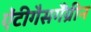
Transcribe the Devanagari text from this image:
ऐंटीगैसगैंग्रीन